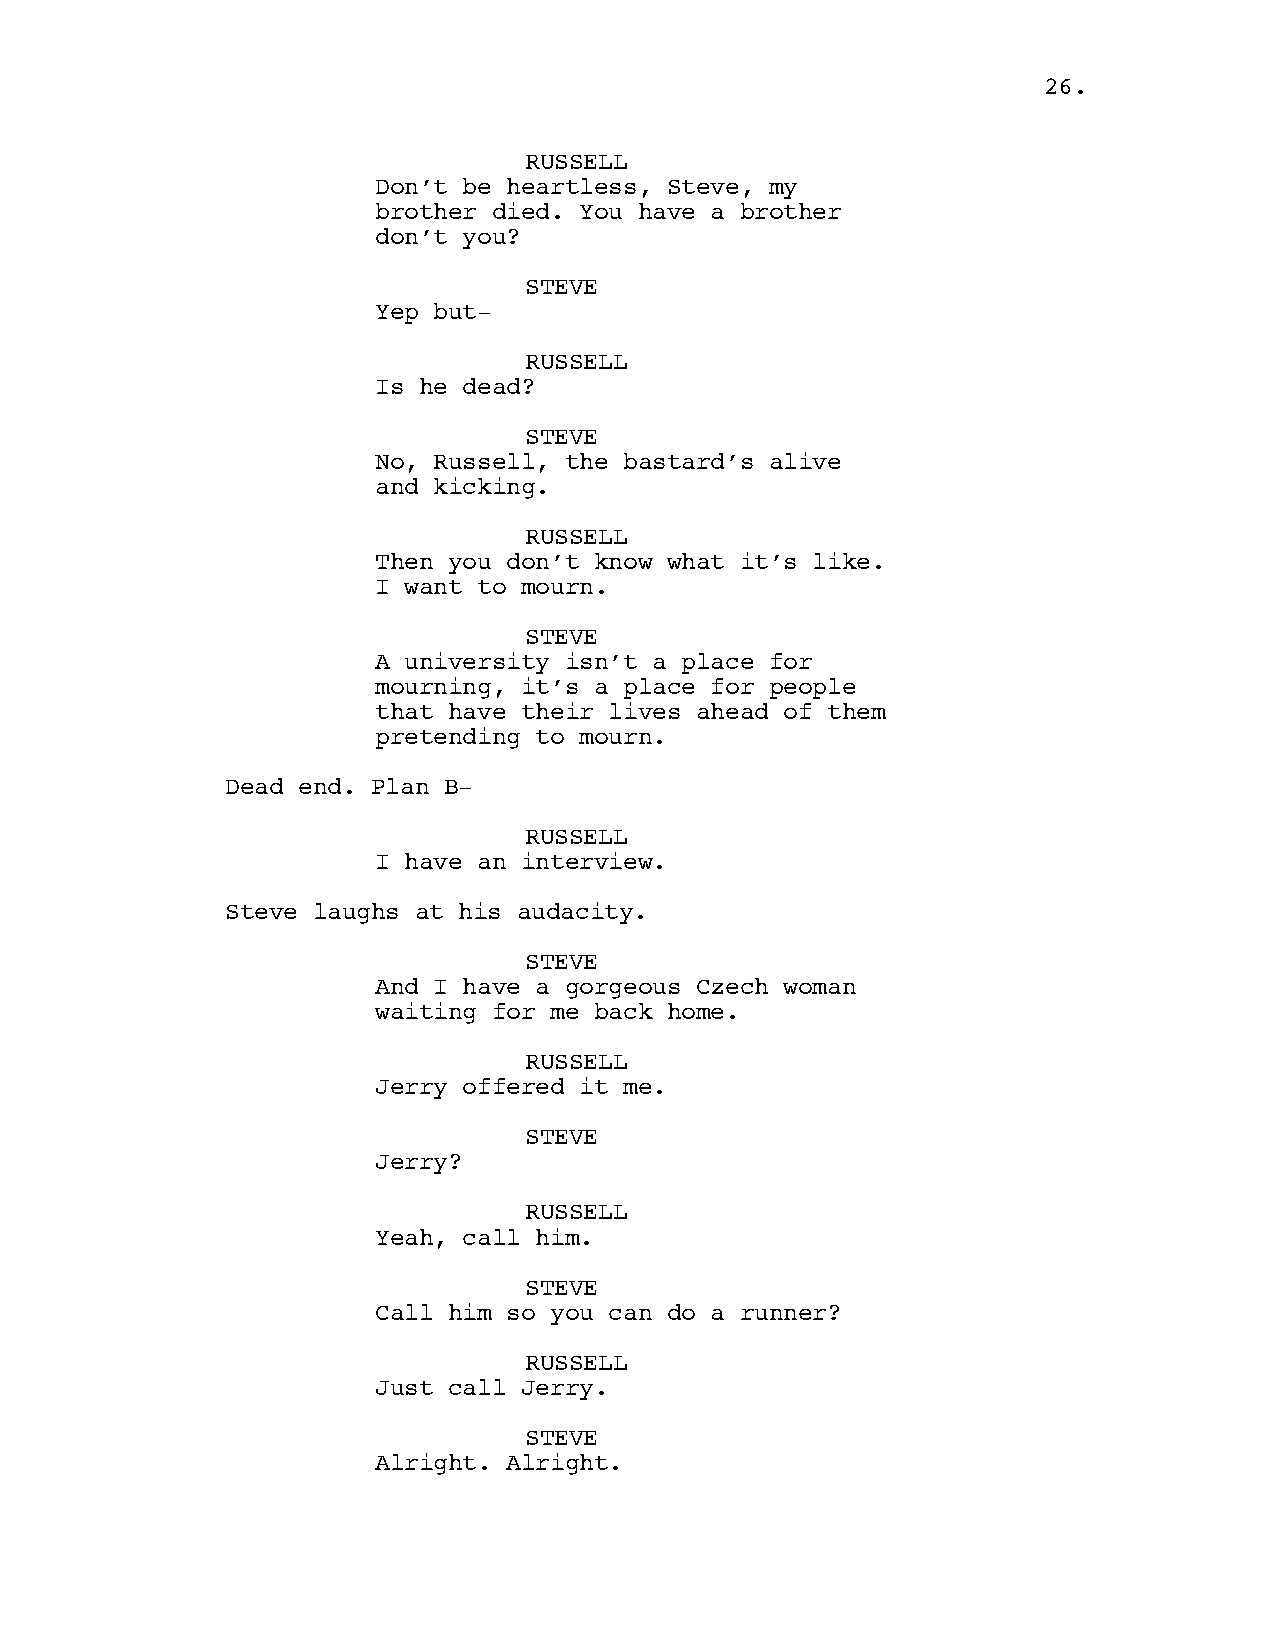
26.
 RUSSELL
 Don’t be heartless, Steve, my
 brother died. You have a brother
 don’t you?
 STEVE
 Yep but-
 RUSSELL
 Is he dead?
 STEVE
 No, Russell, the bastard’s alive
 and kicking.
 RUSSELL
 Then you don’t know what it’s like.
 I want to mourn.
 STEVE
 A university isn’t a place for
 mourning, it’s a place for people
 that have their lives ahead of them
 pretending to mourn.
 Dead end. Plan B-
 RUSSELL
 I have an interview.
 Steve laughs at his audacity.
 STEVE
 And I have a gorgeous Czech woman
 waiting for me back home.
 RUSSELL
 Jerry offered it me.
 STEVE
 Jerry?
 RUSSELL
 Yeah, call him.
 STEVE
 Call him so you can do a runner?
 RUSSELL
 Just call Jerry.
 STEVE
 Alright. Alright.